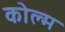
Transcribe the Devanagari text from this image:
कोल्म